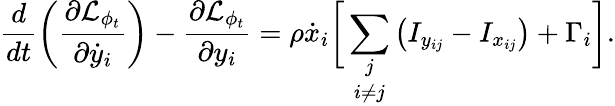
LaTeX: \frac{d}{dt}\left(\frac{\partial\mathcal{L}_{\phi_{t}}}{\partial\dot{y}_{i}}\right)-\frac{\partial\mathcal{L}_{\phi_{t}}}{\partial y_{i}}=\rho\dot{x}_{i}\biggr[\underset{i\neq j}{\sum_{j}}\left(I_{y_{ij}}-I_{x_{ij}}\right)+\Gamma_{i}\biggr].